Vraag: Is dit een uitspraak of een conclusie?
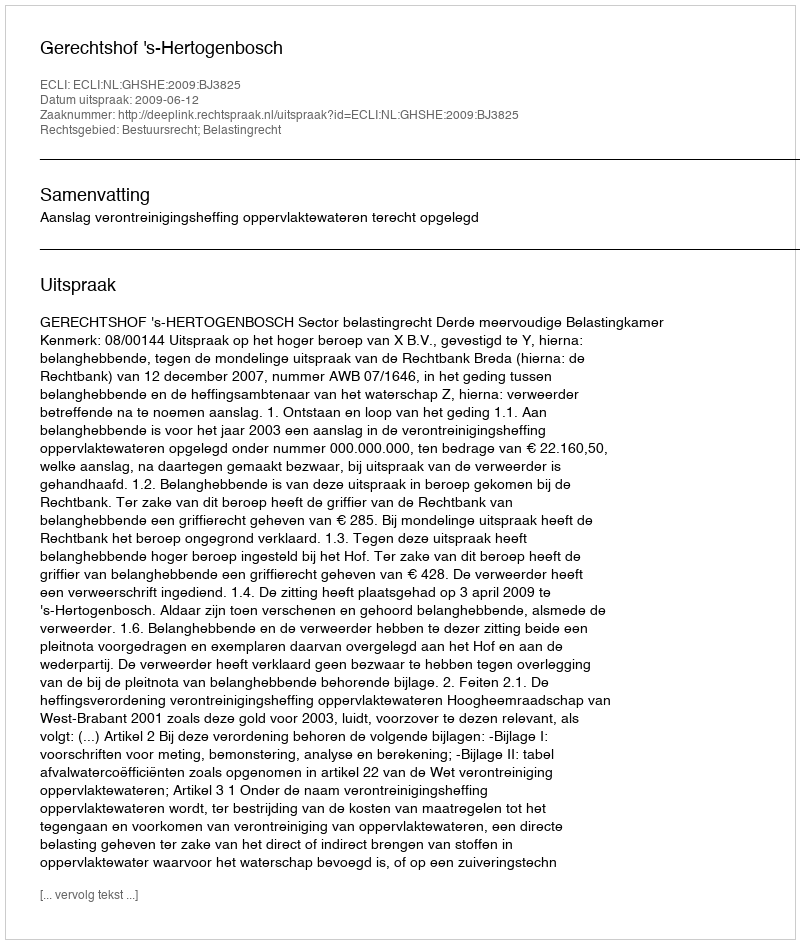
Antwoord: Uitspraak